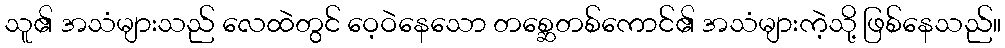
သူ၏ အသံများသည် လေထဲတွင် ဝေ့ဝဲနေသော တစ္ဆေတစ်ကောင်၏ အသံများကဲ့သို့ ဖြစ်နေသည်။